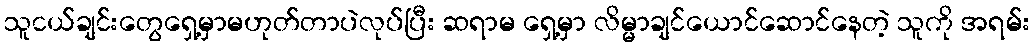
သူငယ်ချင်းတွေရှေ့မှာမဟုတ်တာပဲလုပ်ပြီး ဆရာမ ရှေ့မှာ လိမ္မာချင်ယောင်ဆောင်နေတဲ့ သူကို အရမ်း